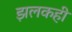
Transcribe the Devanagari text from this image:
झलकही